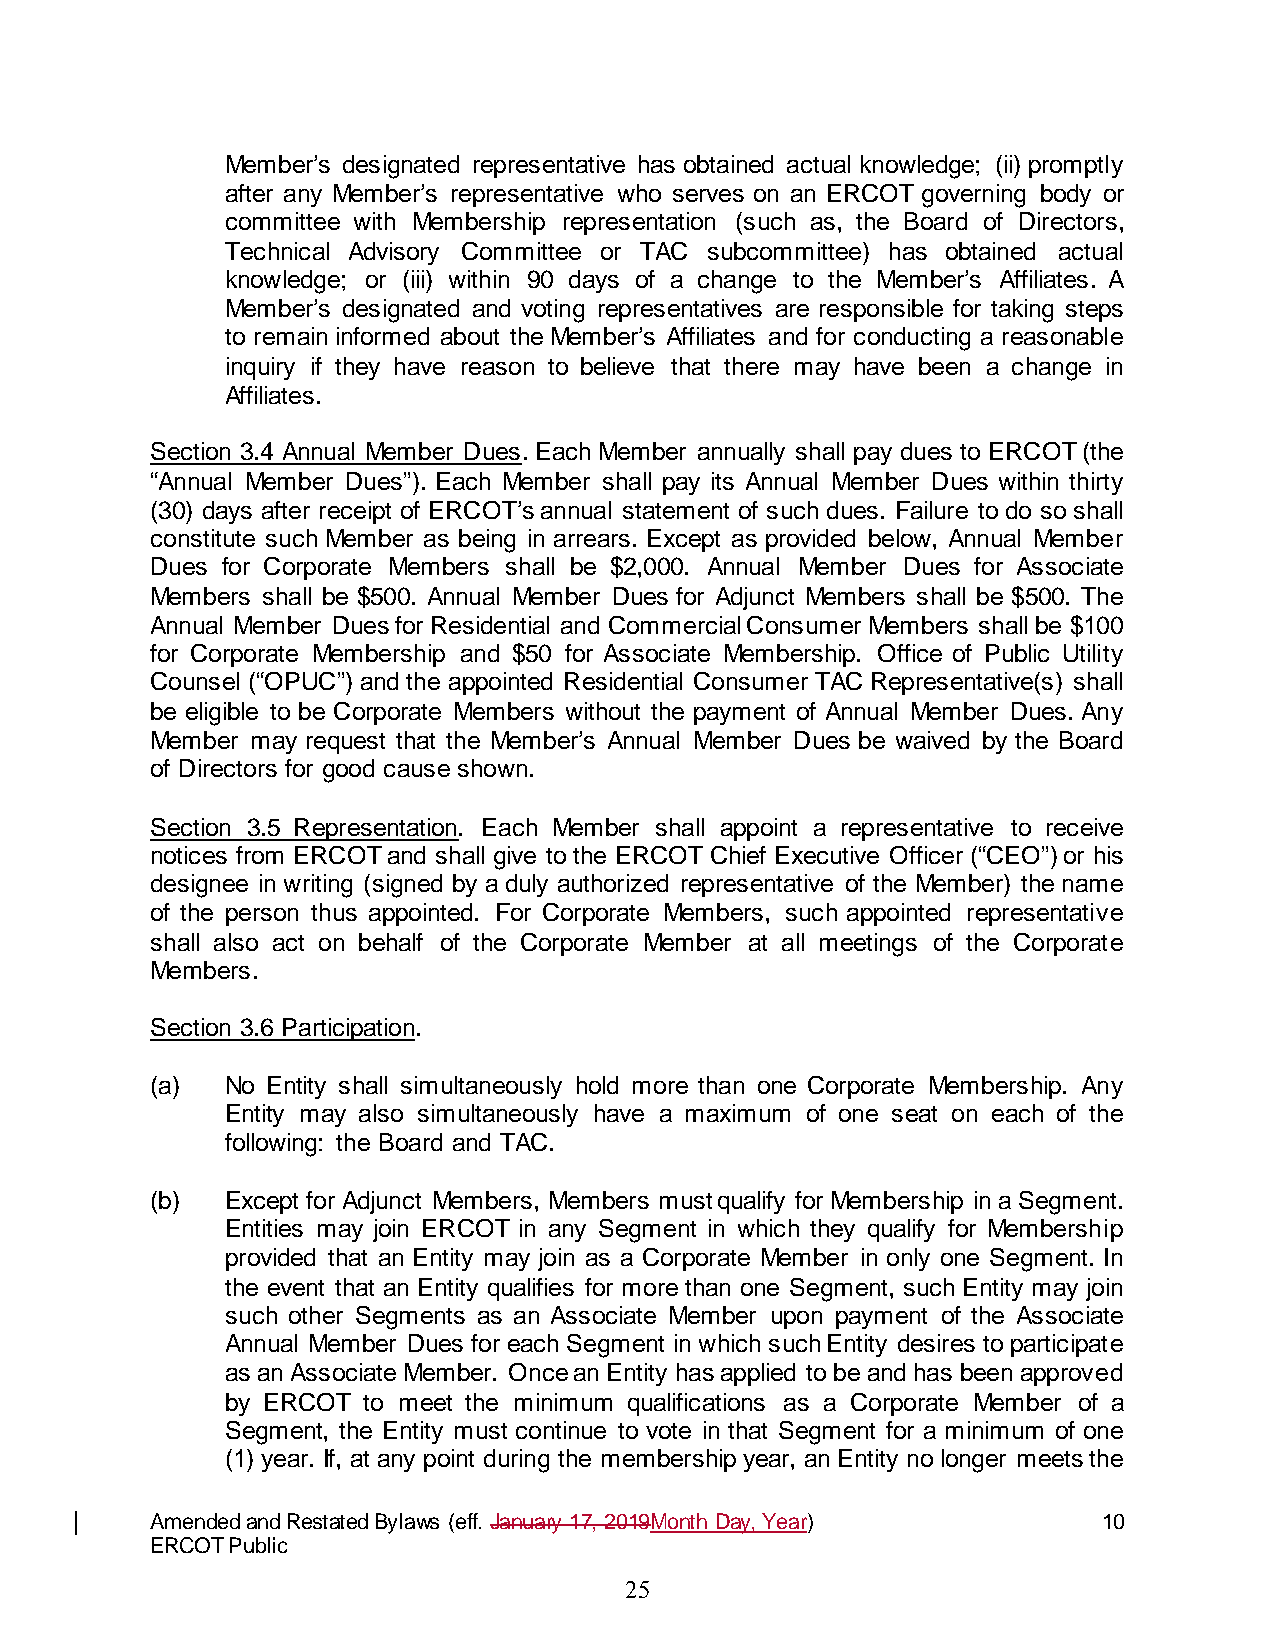
Member’s designated representative has obtained actual knowledge; (ii) promptly
 after any Member’s representative who serves on an ERCOT governing body or
 committee with Membership representation (such as, the Board of Directors,
 Technical Advisory Committee or TAC subcommittee) has obtained actual
 knowledge; or (iii) within 90 days of a change to the Member’s Affiliates. A
 Member’s designated and voting representatives are responsible for taking steps
 to remain informed about the Member’s Affiliates and for conducting a reasonable
 inquiry if they have reason to believe that there may have been a change in
 Affiliates.
 Section 3.4 Annual Member Dues. Each Member annually shall pay dues to ERCOT (the
 “Annual Member Dues”). Each Member shall pay its Annual Member Dues within thirty
 (30) days after receipt of ERCOT’s annual statement of such dues. Failure to do so shall
 constitute such Member as being in arrears. Except as provided below, Annual Member
 Dues for Corporate Members shall be $2,000. Annual Member Dues for Associate
 Members shall be $500. Annual Member Dues for Adjunct Members shall be $500. The
 Annual Member Dues for Residential and Commercial Consumer Members shall be $100
 for Corporate Membership and $50 for Associate Membership. Office of Public Utility
 Counsel (“OPUC”) and the appointed Residential Consumer TAC Representative(s) shall
 be eligible to be Corporate Members without the payment of Annual Member Dues. Any
 Member may request that the Member’s Annual Member Dues be waived by the Board
 of Directors for good cause shown.
 Section 3.5 Representation. Each Member shall appoint a representative to receive
 notices from ERCOT and shall give to the ERCOT Chief Executive Officer (“CEO”) or his
 designee in writing (signed by a duly authorized representative of the Member) the name
 of the person thus appointed. For Corporate Members, such appointed representative
 shall also act on behalf of the Corporate Member at all meetings of the Corporate
 Members.
 Section 3.6 Participation.
 (a)  No Entity shall simultaneously hold more than one Corporate Membership. Any
 Entity may also simultaneously have a maximum of one seat on each of the
 following: the Board and TAC.
 (b)  Except for Adjunct Members, Members must qualify for Membership in a Segment.
 Entities may join ERCOT in any Segment in which they qualify for Membership
 provided that an Entity may join as a Corporate Member in only one Segment. In
 the event that an Entity qualifies for more than one Segment, such Entity may join
 such other Segments as an Associate Member upon payment of the Associate
 Annual Member Dues for each Segment in which such Entity desires to participate
 as an Associate Member. Once an Entity has applied to be and has been approved
 by ERCOT to meet the minimum qualifications as a Corporate Member of a
 Segment, the Entity must continue to vote in that Segment for a minimum of one
 (1) year. If, at any point during the membership year, an Entity no longer meets the
 Amended and Restated Bylaws (eff. January 17, 2019Month Day, Year) 10
 ERCOT Public
 25